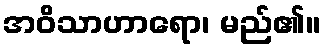
အဝိသာဟာရော၊ မည်၏။